Civil Veterinary Dept. Bombay admin report 1923-31 - 1923-1931
Year: 1923
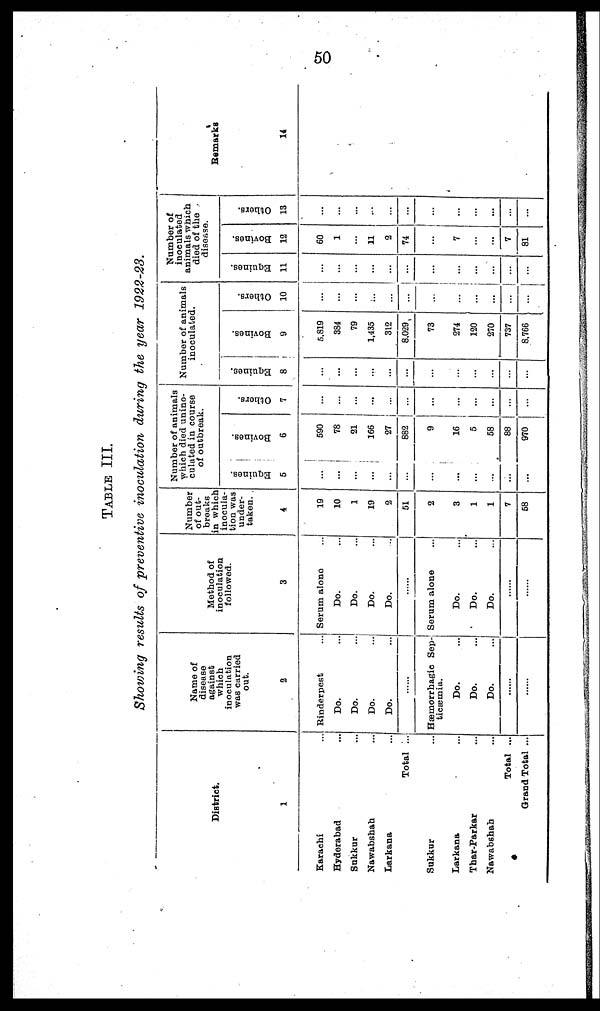
50
TABLE
III.
Showing results of preventive inoculation during the year 1922-23.
District.
1
Karachi ...
Hyderabad ...
Sukkur ...
Nawabshah ...
Larkana ...
Total ...
Sukkur ...
Larkana ...
Thar-Parkar ...
Nawabshah ...
Total ...
Grand Total ...
Name of
disease
against
which
inoculation
was carried
out.
2
Rinderpest ...
Do. ...
Do. ...
Do. ...
Do. ...
......
Hæmorrhagic Sep-
ticæmia.
Do. ...
Do ...
Do ...
......
......
Method of
inoculation
followed.
3
Serum alone ...
Do. ...
Do. ...
Do. ...
Do. ...
......
Serum alone ...
Do. ...
Do. ...
Do. ...
......
......
Number
of out-
breaks
in which
inocula-
tion was
under-
taken.
4
19
10
1
19
2
51
2
3
1
1
7
68
Number of animals
which died unino-
culated in course
of outbreak.
Equines.
5
...
...
...
...
...
...
...
...
...
...
...
...
Bovines.
6
590
78
21
166
27
882
9
16
5
58
88
970
Others.
7
...
...
...
...
...
...
...
...
...
...
...
...
Number of animals
inoculated.
Equines.
8
...
...
...
...
...
...
...
...
...
...
...
...
Bovines.
9
5.819
384
79
1,435
312
8,029
73
274
120
270
737
8,766
Others.
10
...
...
...
...
...
...
...
...
...
...
...
...
Number of
inoculated
animals which
died of the
disease.
Equines.
11
...
...
...
...
...
...
...
...
...
...
...
...
Bovines.
12
60
1
...
11
2
74
...
7
...
...
7
81
Others.
13
...
...
...
...
...
...
...
...
...
...
...
...
Remarks
14